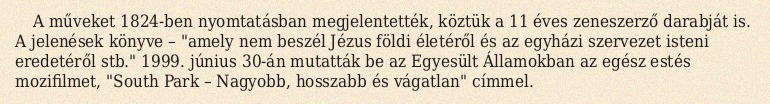
A műveket 1824-ben nyomtatásban megjelentették, köztük a 11 éves zeneszerző darabját is. A jelenések könyve – "amely nem beszél Jézus földi életéről és az egyházi szervezet isteni eredetéről stb." 1999. június 30-án mutatták be az Egyesült Államokban az egész estés mozifilmet, "South Park – Nagyobb, hosszabb és vágatlan" címmel.